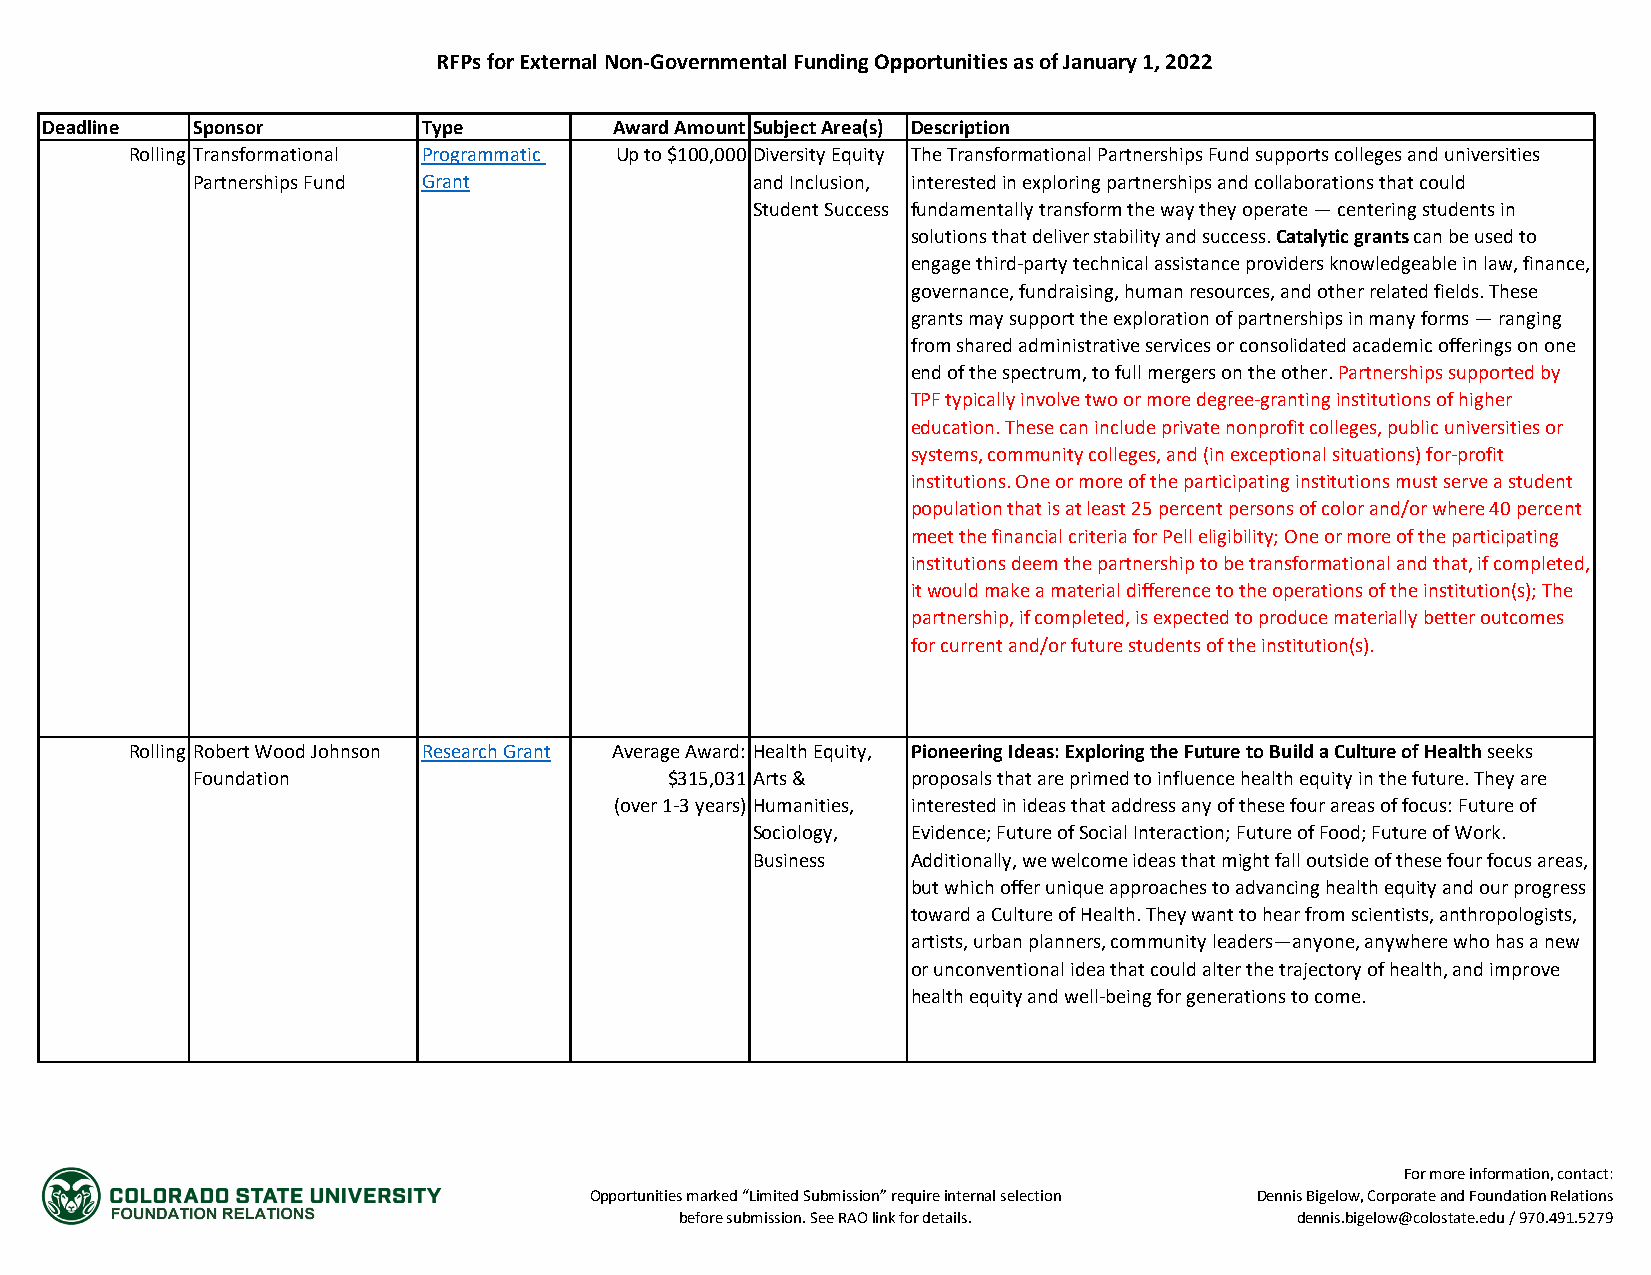
RFPs for External Non-Governmental Funding Opportunities as of January 1, 2022
 Deadline  Sponsor        Type         Award Amount Subject Area(s) Description
 Rolling Transformational Programmatic Up to $100,000 Diversity Equity The Transformational Partnerships Fund supports colleges and universities
 Partnerships Fund Grant              and Inclusion, interested in exploring partnerships and collaborations that could
 Student Success fundamentally transform the way they operate — centering students in
 solutions that deliver stability and success. Catalytic grants can be used to
 engage third-party technical assistance providers knowledgeable in law, finance,
 governance, fundraising, human resources, and other related fields. These
 grants may support the exploration of partnerships in many forms — ranging
 from shared administrative services or consolidated academic offerings on one
 end of the spectrum, to full mergers on the other. Partnerships supported by
 TPF typically involve two or more degree-granting institutions of higher
 education. These can include private nonprofit colleges, public universities or
 systems, community colleges, and (in exceptional situations) for-profit
 institutions. One or more of the participating institutions must serve a student
 population that is at least 25 percent persons of color and/or where 40 percent
 meet the financial criteria for Pell eligibility; One or more of the participating
 institutions deem the partnership to be transformational and that, if completed,
 it would make a material difference to the operations of the institution(s); The
 partnership, if completed, is expected to produce materially better outcomes
 for current and/or future students of the institution(s).
 Rolling Robert Wood Johnson Research Grant Average Award: Health Equity, Pioneering Ideas: Exploring the Future to Build a Culture of Health seeks
 Foundation                     $315,031 Arts & proposals that are primed to influence health equity in the future. They are
 (over 1-3 years) Humanities, interested in ideas that address any of these four areas of focus: Future of
 Sociology, Evidence; Future of Social Interaction; Future of Food; Future of Work.
 Business  Additionally, we welcome ideas that might fall outside of these four focus areas,
 but which offer unique approaches to advancing health equity and our progress
 toward a Culture of Health. They want to hear from scientists, anthropologists,
 artists, urban planners, community leaders—anyone, anywhere who has a new
 or unconventional idea that could alter the trajectory of health, and improve
 health equity and well-being for generations to come.
 For more information, contact:
 Opportunities marked “Limited Submission” require internal selection Dennis Bigelow, Corporate and Foundation Relations
 before submission. See RAO link for details. dennis.bigelow@colostate.edu / 970.491.5279